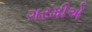
ગરમીએ